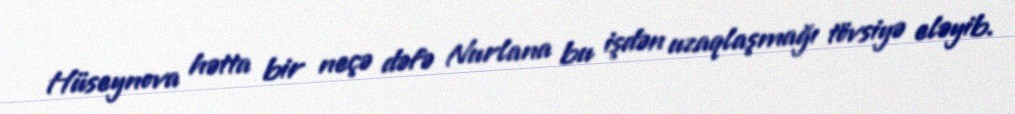
Hüseynova hətta bir neçə dəfə Nurlana bu işdən uzaqlaşmağı tövsiyə eləyib.